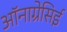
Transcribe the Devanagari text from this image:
ऑनाग्रेसिई